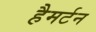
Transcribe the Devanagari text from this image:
हैमर्टन